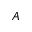
A